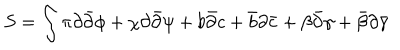
S = \int \pi \partial { \bar { \partial } } \phi + \chi \partial { \bar { \partial } } \psi + b { \bar { \partial } } c + { \bar { b } } \partial { \bar { c } } + \beta { \bar { \partial } } \gamma + { \bar { \beta } } \partial { \bar { \gamma } }